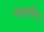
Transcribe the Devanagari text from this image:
वल्दामिर